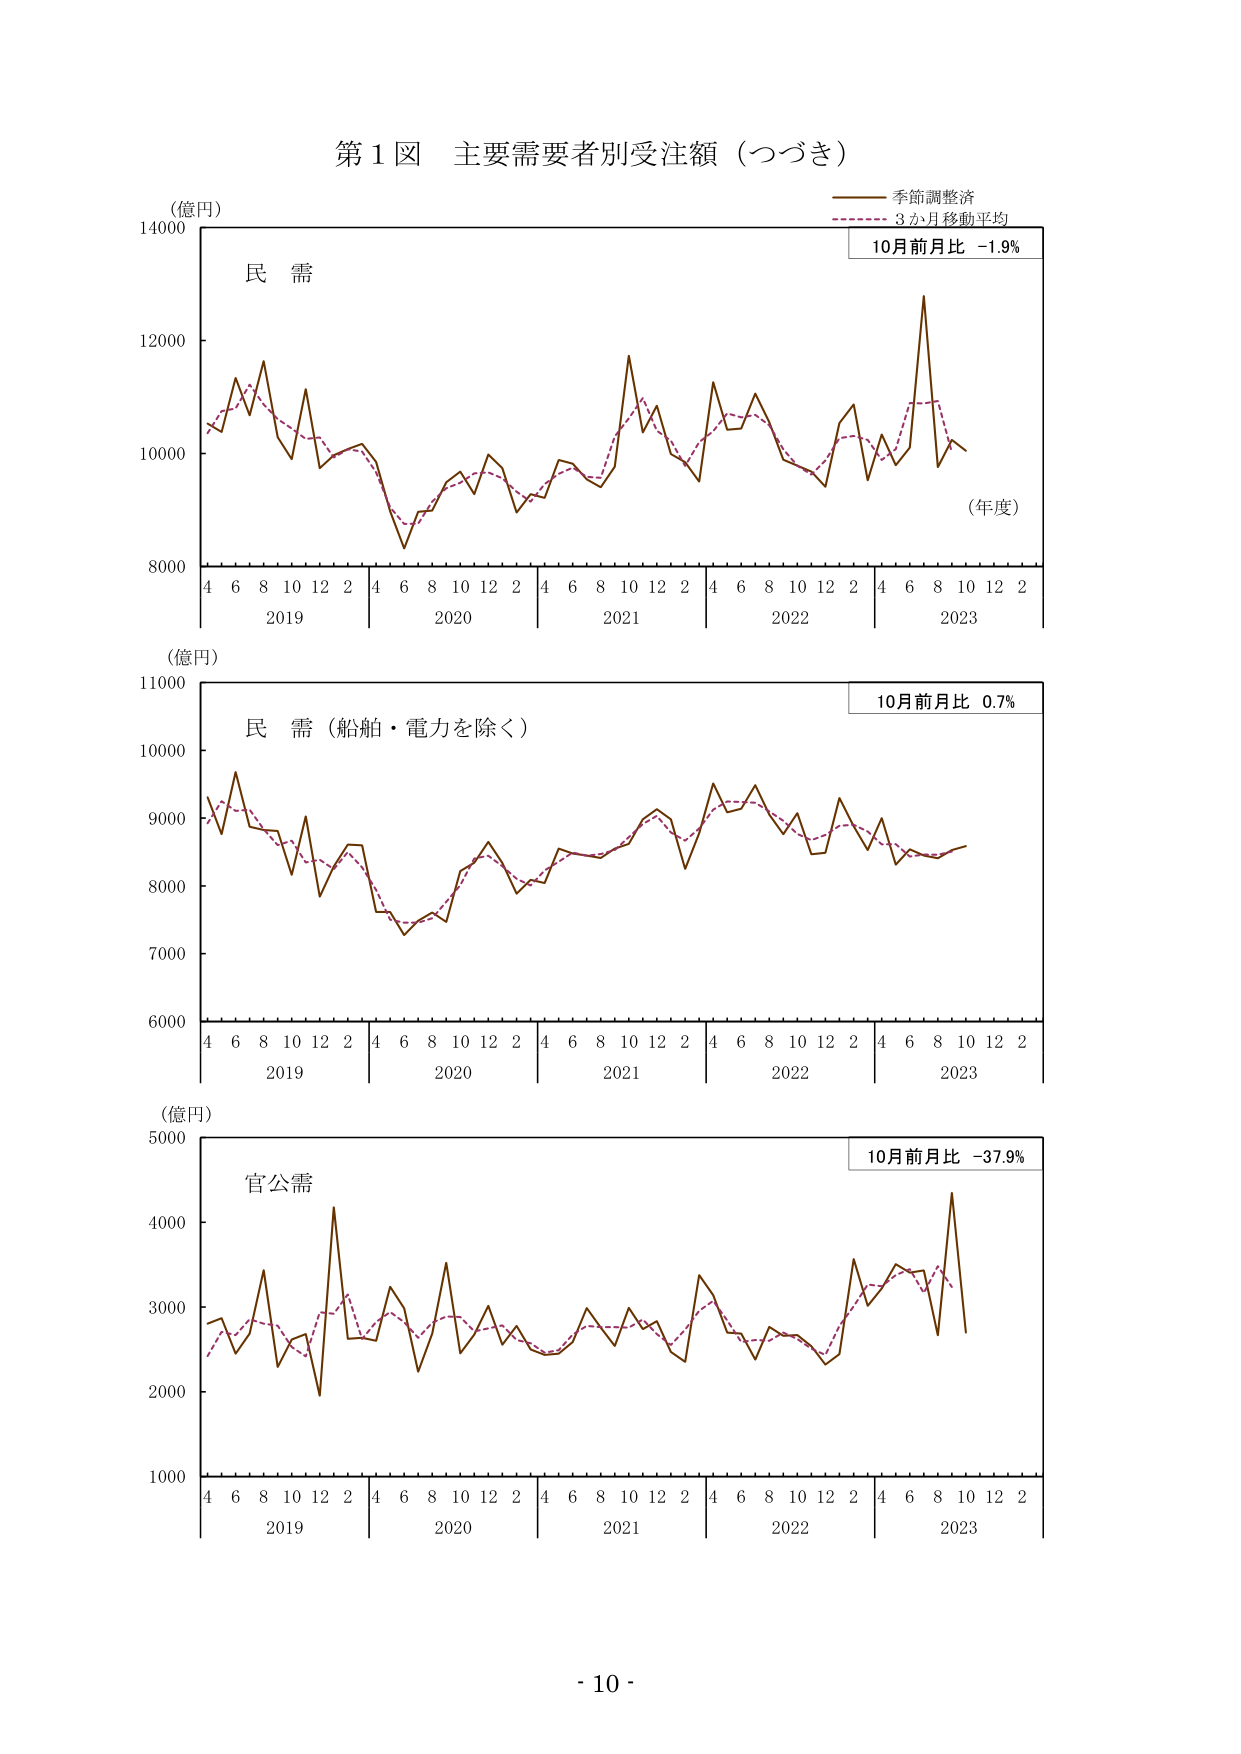
第１図 主要需要者別受注額（つづき）

（億円）
民 需
（年度）
4 6 8 10 12 2
2019
4 6 8 10 12 2
2020
4 6 8 10 12 2
2021
4 6 8 10 12 2
2022
4 6 8 10 12 2
2023

季節調整済
3か月移動平均
10月前月比 -1.9%

（億円）
民 需（船舶・電力を除く）
10月前月比 0.7%
4 6 8 10 12 2
2019
4 6 8 10 12 2
2020
4 6 8 10 12 2
2021
4 6 8 10 12 2
2022
4 6 8 10 12 2
2023

（億円）
官公需
10月前月比 -37.9%
4 6 8 10 12 2
2019
4 6 8 10 12 2
2020
4 6 8 10 12 2
2021
4 6 8 10 12 2
2022
4 6 8 10 12 2
2023

- 10 -